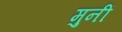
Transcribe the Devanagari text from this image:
मुनीं